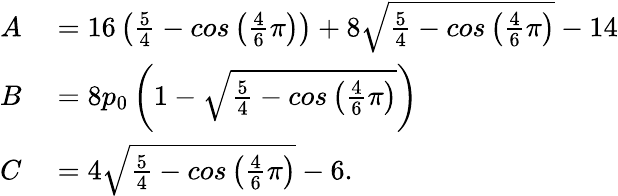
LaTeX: \begin{array}{rl}{A}&{{}=16\left(\frac{5}{4}-cos\left(\frac{4}{6}\pi\right)\right)+8\sqrt{\frac{5}{4}-cos\left(\frac{4}{6}\pi\right)}-14}\\ {B}&{{}=8p_{0}\left(1-\sqrt{\frac{5}{4}-cos\left(\frac{4}{6}\pi\right)}\right)}\\ {C}&{{}=4\sqrt{\frac{5}{4}-cos\left(\frac{4}{6}\pi\right)}-6.}\end{array}